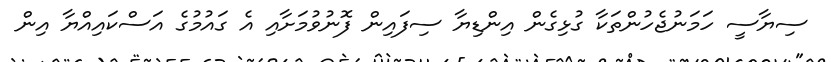
ސިޔާސީ ހަމަނުޖެހުންތަކާ ގުޅިގެން އިންޑިޔާ ސިފައިން ފޮނުވުމަށާއި އެ ގައުމުގެ އަސްކައިއްޔާ އިން